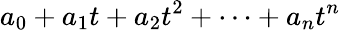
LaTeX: a_{0}+a_{1}t+a_{2}t^{2}+\cdots+a_{n}t^{n}